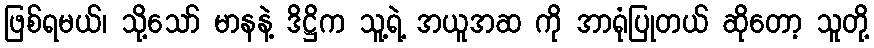
ဖြစ်ရမယ်၊ သို့သော် မာနနဲ့ ဒိဋ္ဌိက သူ့ရဲ့ အယူအဆ ကို အာရုံပြုတယ် ဆိုတော့ သူတို့